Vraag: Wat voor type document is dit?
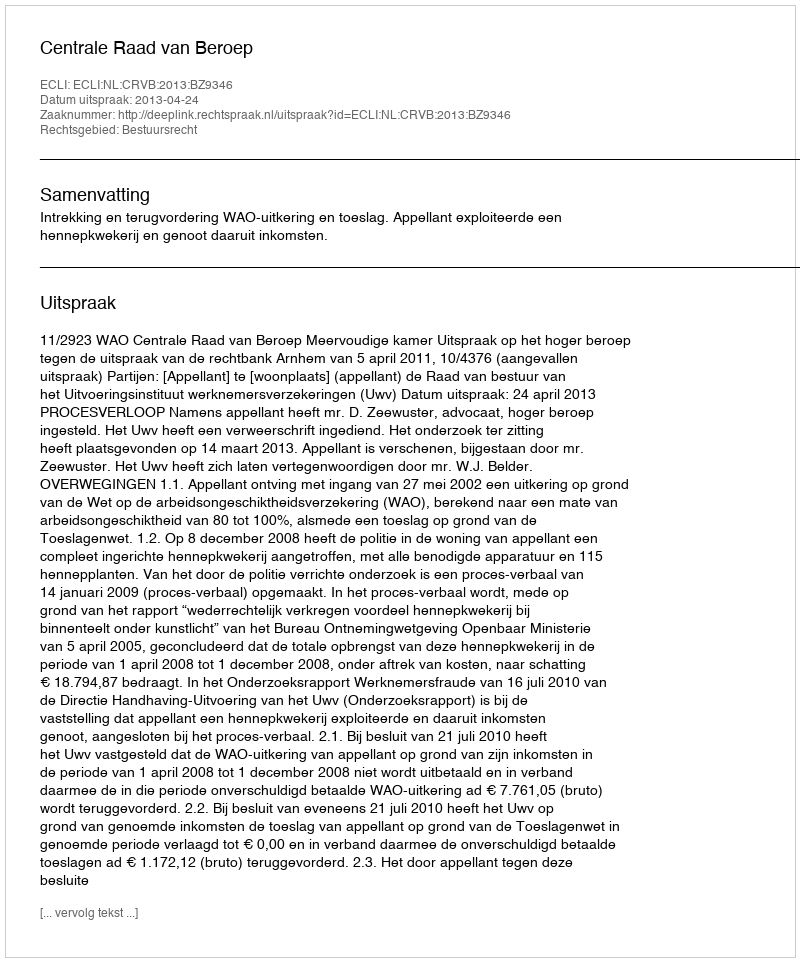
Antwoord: Uitspraak